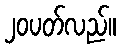
၂၀ပတ်လည်။